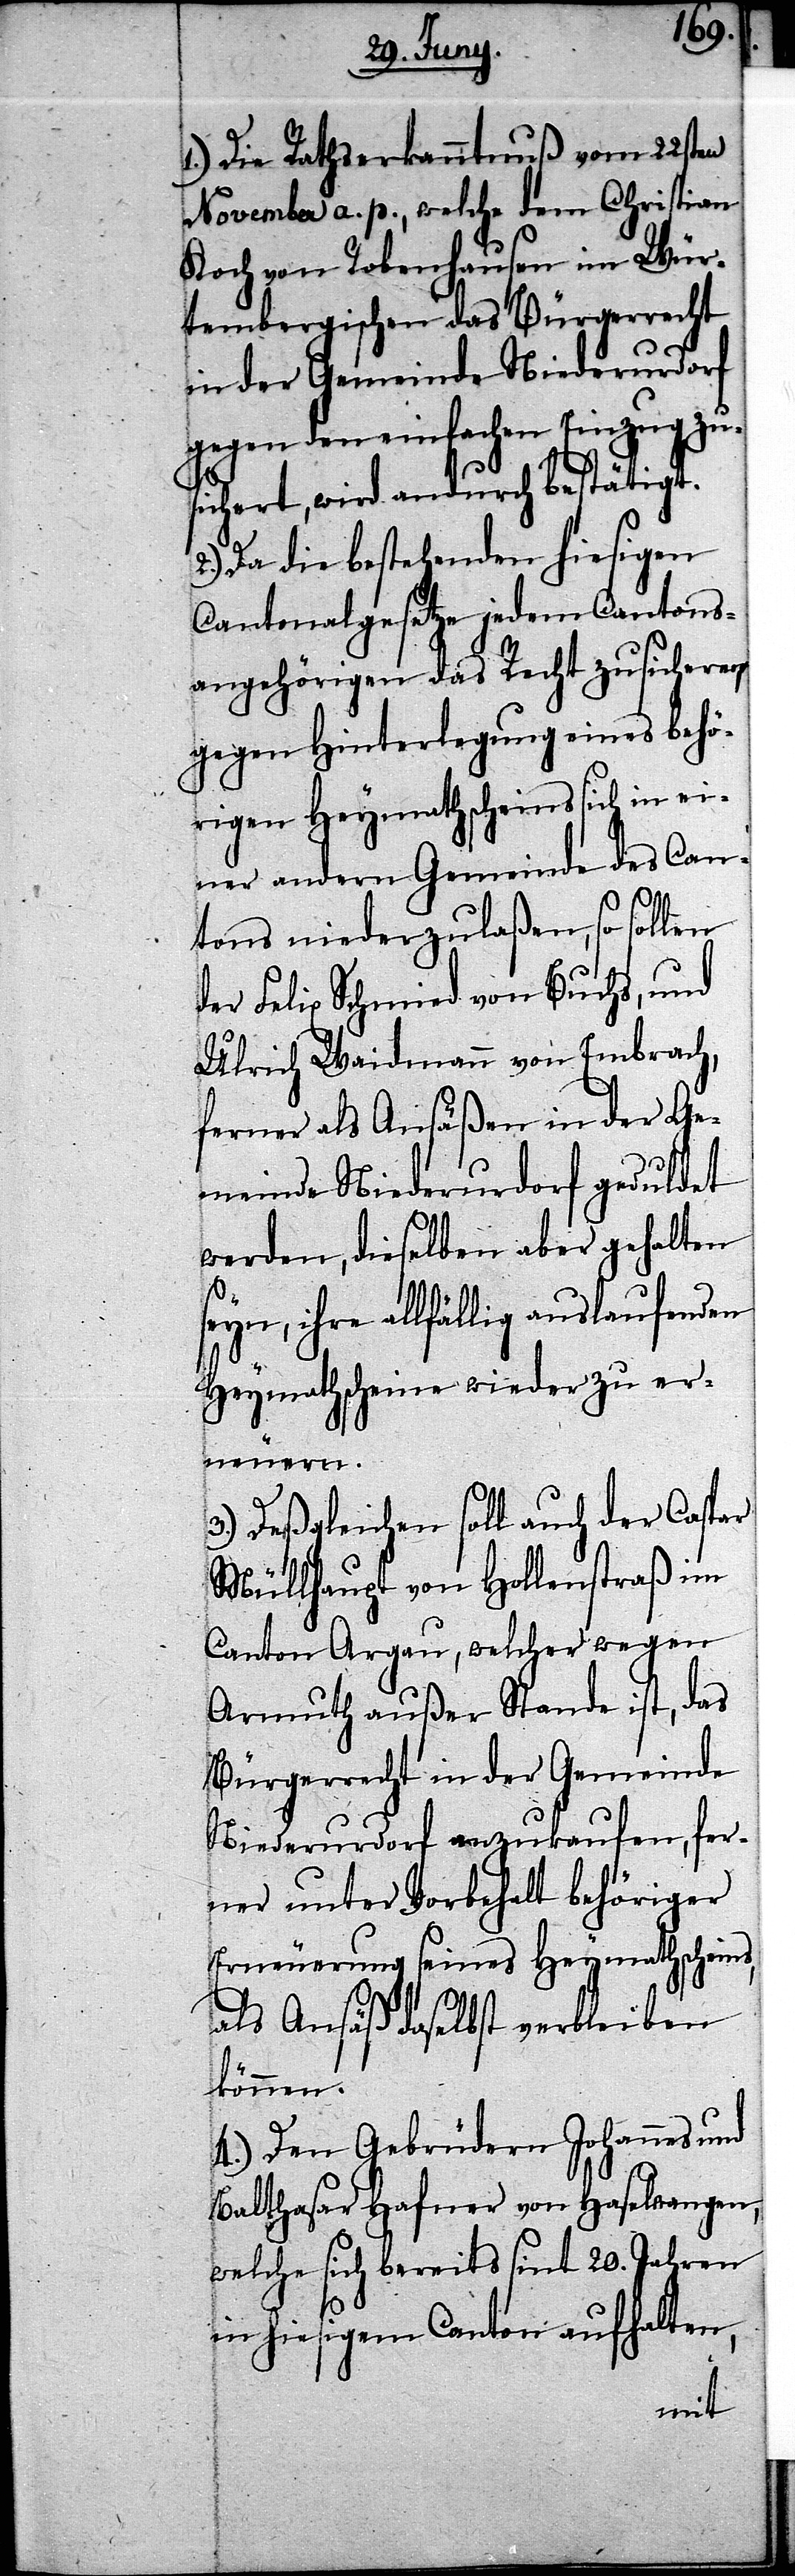
1.) Die Rathserkanntnuß vom 22sten
November a. p., welche dem Christian
Koch von Robenhausen im Wür¬
tembergischen das Bürgerrecht
in der Gemeinde Niederurdorf
gegen den einfachen Einzug zu¬
sichert, wird andurch bestätigt.
2.) Da die bestehenden hiesigen
Cantonalgesetze jedem Cantons¬
angehörigen das Recht zusichern
gegen Hinterlegung eines behö¬
rigen Heymathscheins sich in ei¬
ner andern Gemeinde des Can¬
tons niederzulaßen, so sollen
der Felix Schmied von Buchs, und
Ulrich Waidmann von Embrach,
ferner als Ansäßen in der Ge¬
meinde Niederurdorf geduldet
werden, dieselben aber gehalten
seyn, ihre allfällig auslaufenden
Heymathscheine wieder zu er¬
neuern.
3.) Deßgleichen soll auch der Caspar
Müllhaupt von Hollenstraß im
Canton Argau, welcher wegen
Armuth außer Stande ist, das
Bürgerrecht in der Gemeinde
Niederurdorf anzukaufen, fer¬
ner unter Vorbehalt behöriger
Erneuerung seines Heymathscheins,
als Ansäß daselbst verbleiben
können.
4.) Den Gebrüdern Johannes und
Balthasar Hafner von Haselwangen,
welche sich bereits sint 20. Jahren
in hiesigem Canton aufhalten,